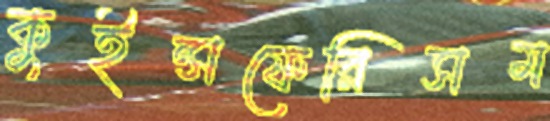
কুইন্সফেরিসম